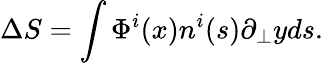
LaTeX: \Delta S=\int\Phi^{i}(x)n^{i}(s)\partial_{\bot}yds.